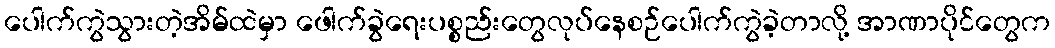
ပေါက်ကွဲသွားတဲ့အိမ်ထဲမှာ ဖေါက်ခွဲရေးပစ္စည်းတွေလုပ်နေစဉ်ပေါက်ကွဲခဲ့တာလို့ အာဏာပိုင်တွေက